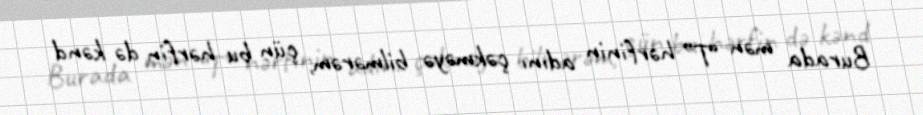
Burada mən “T” hərfinin adını çəkməyə bilmərəm, çün bu hərfin də kənd